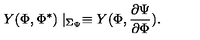
Y ( \Phi , \Phi ^ { \ast } ) \mid _ { \Sigma _ { \Psi } } \equiv Y ( \Phi , \frac { \partial \Psi } { \partial \Phi } ) .